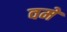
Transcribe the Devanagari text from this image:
वमें